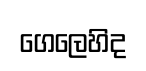
ගෙලෙහිද